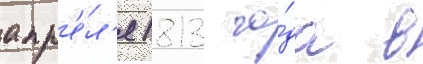
апр'е́л'я 1813 го́да в